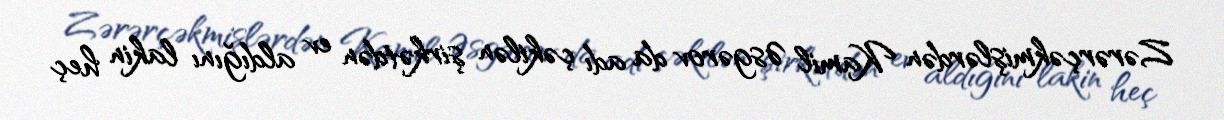
Zərərçəkmişlərdən Kamil Əsgərov da adı çəkilən şirkətdən ev aldığını lakin heç